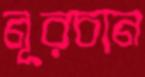
নূরচান